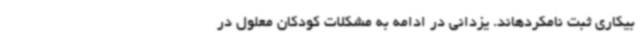
بیکاری ثبت نامکردهاند. یزدانی در ادامه به مشکلات کودکان معلول در